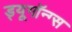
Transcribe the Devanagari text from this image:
ड्यूगॉन्ग्स